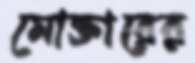
মোক্তারের